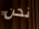
نحن